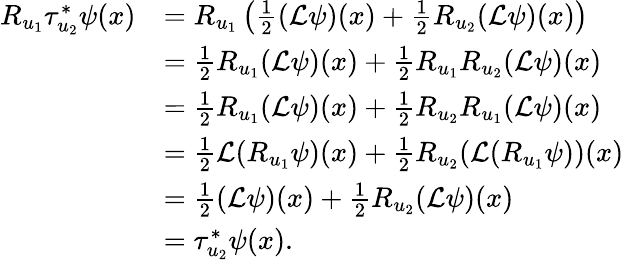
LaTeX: \begin{array}{rl}{R_{u_{1}}\tau_{u_{2}}^{*}\psi(x)}&{=R_{u_{1}}\left(\frac{1}{2}(\mathcal{L}\psi)(x)+\frac{1}{2}R_{u_{2}}(\mathcal{L}\psi)(x)\right)}\\ &{=\frac{1}{2}R_{u_{1}}(\mathcal{L}\psi)(x)+\frac{1}{2}R_{u_{1}}R_{u_{2}}(\mathcal{L}\psi)(x)}\\ &{=\frac{1}{2}R_{u_{1}}(\mathcal{L}\psi)(x)+\frac{1}{2}R_{u_{2}}R_{u_{1}}(\mathcal{L}\psi)(x)}\\ &{=\frac{1}{2}\mathcal{L}(R_{u_{1}}\psi)(x)+\frac{1}{2}R_{u_{2}}(\mathcal{L}(R_{u_{1}}\psi))(x)}\\ &{=\frac{1}{2}(\mathcal{L}\psi)(x)+\frac{1}{2}R_{u_{2}}(\mathcal{L}\psi)(x)}\\ &{=\tau_{u_{2}}^{*}\psi(x).}\end{array}